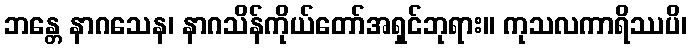
ဘန္တေ နာဂသေန၊ နာဂသိန်ကိုယ်တော်အရှင်ဘုရား။ ကုသလကာရိဿပိ၊